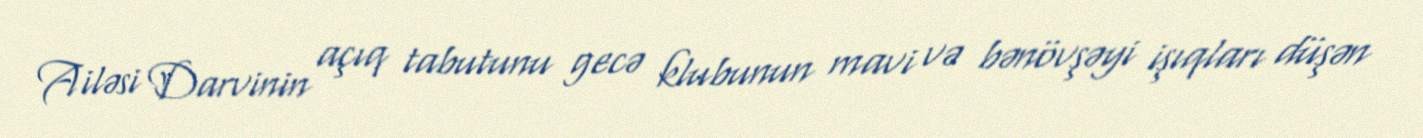
Ailəsi Darvinin açıq tabutunu gecə klubunun mavi və bənövşəyi işıqları düşən